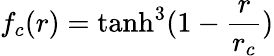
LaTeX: f_{c}(r)=\operatorname{tanh}^{3}(1-\frac{r}{r_{c}})